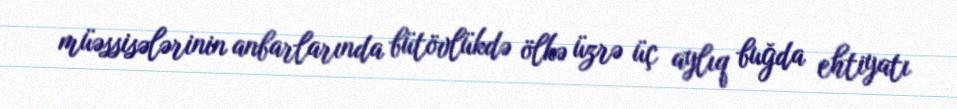
müəssisələrinin anbarlarında bütövlükdə ölkə üzrə üç aylıq buğda ehtiyatı